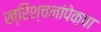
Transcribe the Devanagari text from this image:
ख्रिश्चनांपेक्षा